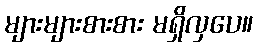
များများစားစား မရှိလှပေ။